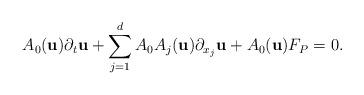
LaTeX: \begin{align*}A_{0}(\textbf{u})\partial_{t}\textbf{u}+\sum_{j=1}^{d}A_{0}A_{j}(\textbf{u})\partial_{x_{j}}\textbf{u}+A_{0}(\textbf{u})F_{P}=0.\end{align*}